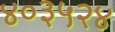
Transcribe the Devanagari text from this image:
४०३५२४